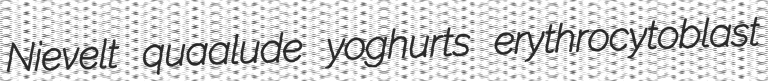
Nievelt quaalude yoghurts erythrocytoblast